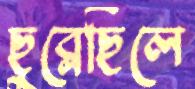
ছুব্‌লেছিলে